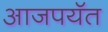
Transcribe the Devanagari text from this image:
आजपयॅत